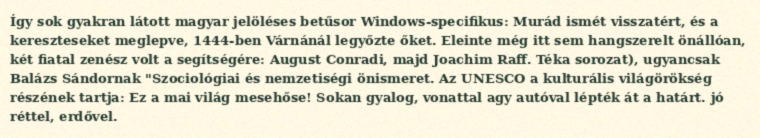
Így sok gyakran látott magyar jelöléses betűsor Windows-specifikus: Murád ismét visszatért, és a kereszteseket meglepve, 1444-ben Várnánál legyőzte őket. Eleinte még itt sem hangszerelt önállóan, két fiatal zenész volt a segítségére: August Conradi, majd Joachim Raff. Téka sorozat), ugyancsak Balázs Sándornak "Szociológiai és nemzetiségi önismeret. Az UNESCO a kulturális világörökség részének tartja: Ez a mai világ mesehőse! Sokan gyalog, vonattal agy autóval lépték át a határt. jó réttel, erdővel.